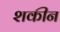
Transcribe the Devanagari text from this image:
शकीन